Scottish Leaving Certificate Examination, 1954
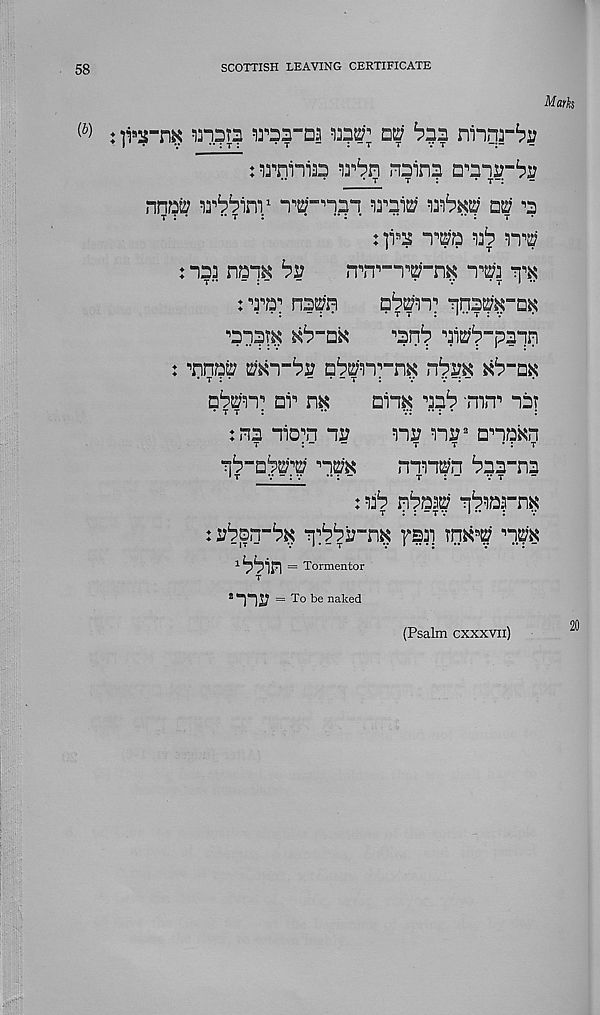
58
SCOTTISH LEAVING CERTIFICATE
Mark
{b)
: ]vx-m ^1315 ^raa-Da
dk; ^3? ninqr^
nroinia?
nsin? D^qs?“bi?
nnots? la^im 1
aa^nis?
02; ^
t : •
•• t :
*
•*: •
*•
•• :
t •
:]i s ? i'm aa^
: Isa
by
"1^3
: ■ , 3‘ , a^ nsm
qna^-DK
n 3n3t^
•’sn^ qi^^-paqn
: ^nnp?; Mi~by p^'n^n^
^-dk
nv m
Din^ 'nb •mrr’ ni?
• t t :
••
•.*:••:•
:
: m "rio^n "ir
na? nr 2 onakn
t
: -
-
t
t
* : t
'im
mn^n ^ns-naa
nab qpaap q^arn^
: ybori-b$ r\'bby-n$ fsq
np
l! ?3in = Tormentor
T
S TO = To be naked
(Psalm cxxxvii)
20